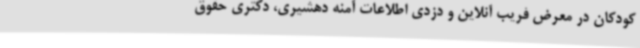
کودکان در معرض فریب آنلاین و دزدی اطلاعات آمنه دهشیری، دکتری حقوق